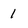
Character: 1